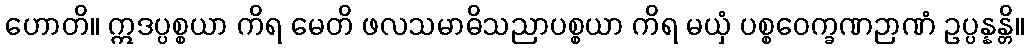
ဟောတိ။ ဣဒပ္ပစ္စယာ ကိရ မေတိ ဖလသမာဓိသညာပစ္စယာ ကိရ မယှံ ပစ္စဝေက္ခဏဉာဏံ ဥပ္ပန္နန္တိ။